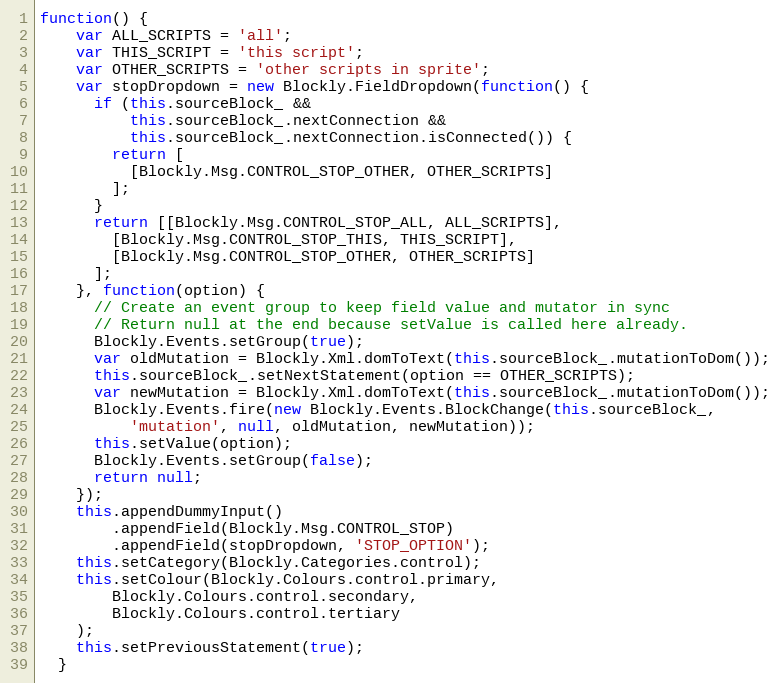
Language: JavaScript
function() {
    var ALL_SCRIPTS = 'all';
    var THIS_SCRIPT = 'this script';
    var OTHER_SCRIPTS = 'other scripts in sprite';
    var stopDropdown = new Blockly.FieldDropdown(function() {
      if (this.sourceBlock_ &&
          this.sourceBlock_.nextConnection &&
          this.sourceBlock_.nextConnection.isConnected()) {
        return [
          [Blockly.Msg.CONTROL_STOP_OTHER, OTHER_SCRIPTS]
        ];
      }
      return [[Blockly.Msg.CONTROL_STOP_ALL, ALL_SCRIPTS],
        [Blockly.Msg.CONTROL_STOP_THIS, THIS_SCRIPT],
        [Blockly.Msg.CONTROL_STOP_OTHER, OTHER_SCRIPTS]
      ];
    }, function(option) {
      // Create an event group to keep field value and mutator in sync
      // Return null at the end because setValue is called here already.
      Blockly.Events.setGroup(true);
      var oldMutation = Blockly.Xml.domToText(this.sourceBlock_.mutationToDom());
      this.sourceBlock_.setNextStatement(option == OTHER_SCRIPTS);
      var newMutation = Blockly.Xml.domToText(this.sourceBlock_.mutationToDom());
      Blockly.Events.fire(new Blockly.Events.BlockChange(this.sourceBlock_,
          'mutation', null, oldMutation, newMutation));
      this.setValue(option);
      Blockly.Events.setGroup(false);
      return null;
    });
    this.appendDummyInput()
        .appendField(Blockly.Msg.CONTROL_STOP)
        .appendField(stopDropdown, 'STOP_OPTION');
    this.setCategory(Blockly.Categories.control);
    this.setColour(Blockly.Colours.control.primary,
        Blockly.Colours.control.secondary,
        Blockly.Colours.control.tertiary
    );
    this.setPreviousStatement(true);
  }